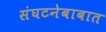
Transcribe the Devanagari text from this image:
संघटनेबाबात